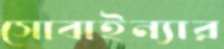
সোবাইন্যার